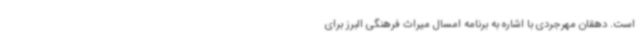
است. دهقان مهرجردی با اشاره به برنامه امسال میراث فرهنگی البرز برای